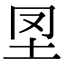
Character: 𡉮